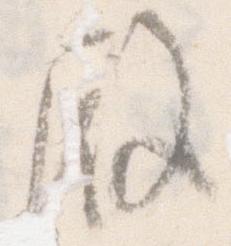
殿